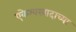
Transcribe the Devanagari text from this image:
एकेश्वरवादाच्या